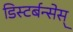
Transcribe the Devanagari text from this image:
डिस्टर्बन्सेस्